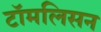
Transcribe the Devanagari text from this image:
टॉमलिसन